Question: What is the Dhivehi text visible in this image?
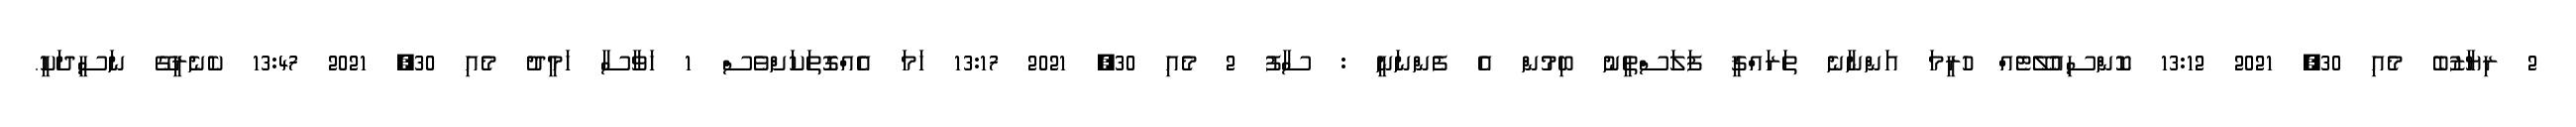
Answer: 2 ރިޔާޒުބެ މެއި 30, 2021 13:12 ކޮންސިއުލޭޓެއް ހުރީމަ އަންނާނެ ތަރައްޤީ ފަލަސްޠީނު ބިމުން އެ ފެންނަނީ : ސާފު 2 މެއި 30, 2021 13:17 ހަމަ އެއްގޮތަކަށްވެސް 1 ހަވާސާ ހަމީދު މެއި 30, 2021 13:47 ކެނެރީގޭ ނަސީދަކީ.